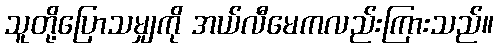
သူတို့ပြောသမျှကို အယ်လီမေကလည်းကြားသည်။